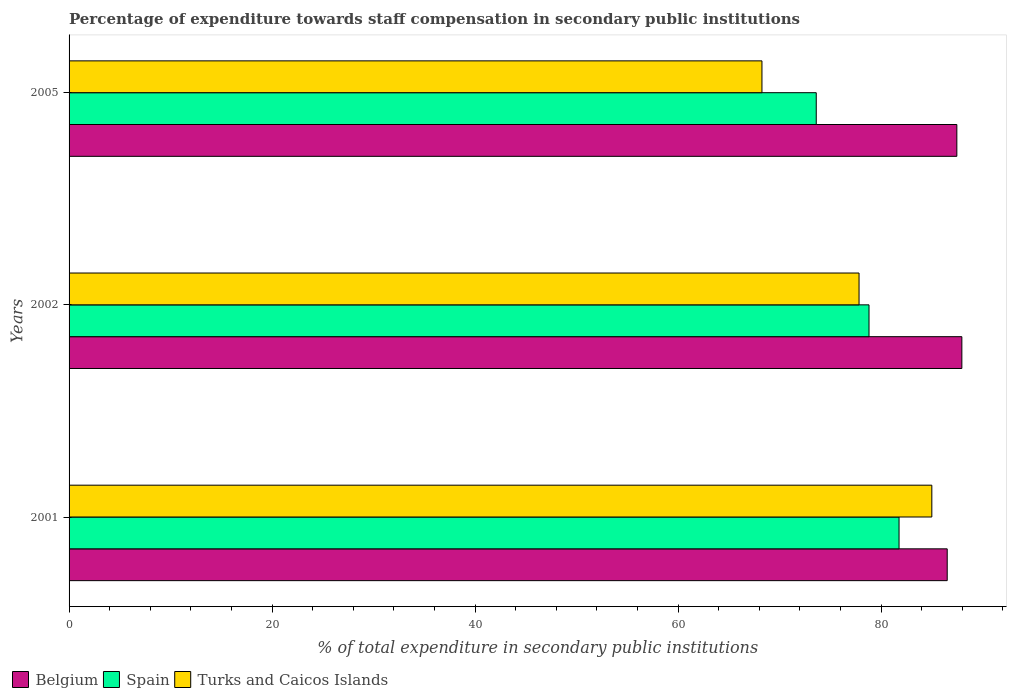
| Years | Belgium | Spain | Turks and Caicos Islands |
 | --- | --- | --- | --- |
 | 2001 | 86.5 | 81.8 | 85 |
 | 2002 | 88 | 78.8 | 77.8 |
 | 2005 | 87.5 | 73.6 | 68.3 |